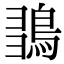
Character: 𪀫